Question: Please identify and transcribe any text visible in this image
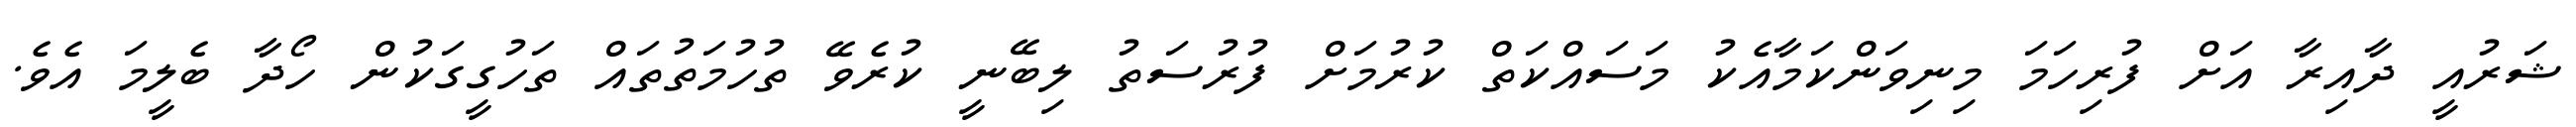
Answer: ޝަރުއީ ދާއިރާ އަށް ފުރިހަމަ މިނިވަންކަމާއެކު މަސައްކަތް ކުރުމަށް ފުރުސަތު ލިބޭނީ ކުރެވޭ ތުހުމަތުތައް ތަހުގީގަކުން ހޯދާ ބެލީމަ އެވެ.